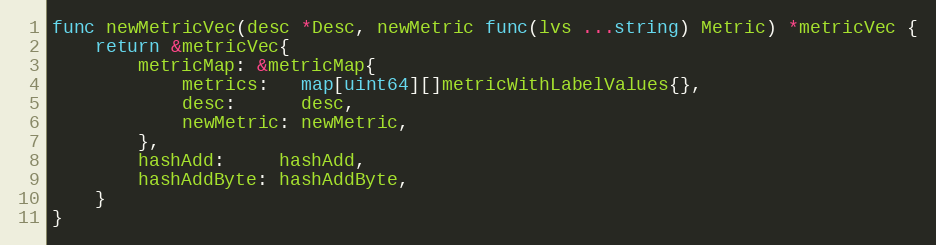
Language: Go
func newMetricVec(desc *Desc, newMetric func(lvs ...string) Metric) *metricVec {
	return &metricVec{
		metricMap: &metricMap{
			metrics:   map[uint64][]metricWithLabelValues{},
			desc:      desc,
			newMetric: newMetric,
		},
		hashAdd:     hashAdd,
		hashAddByte: hashAddByte,
	}
}